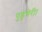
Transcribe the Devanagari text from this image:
पुडुचेरी।